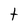
Character: t